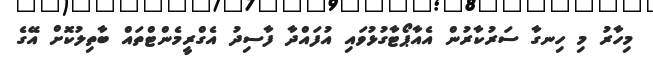
މިހާރު މި ހިނގާ ސަރުކާރުން އެއާޕޯޓާގުޅުވައި އުފައްދާ ފާސިދު އެގްރީމެންޓްތައް ބާތިލުކޮށް އޭގެ